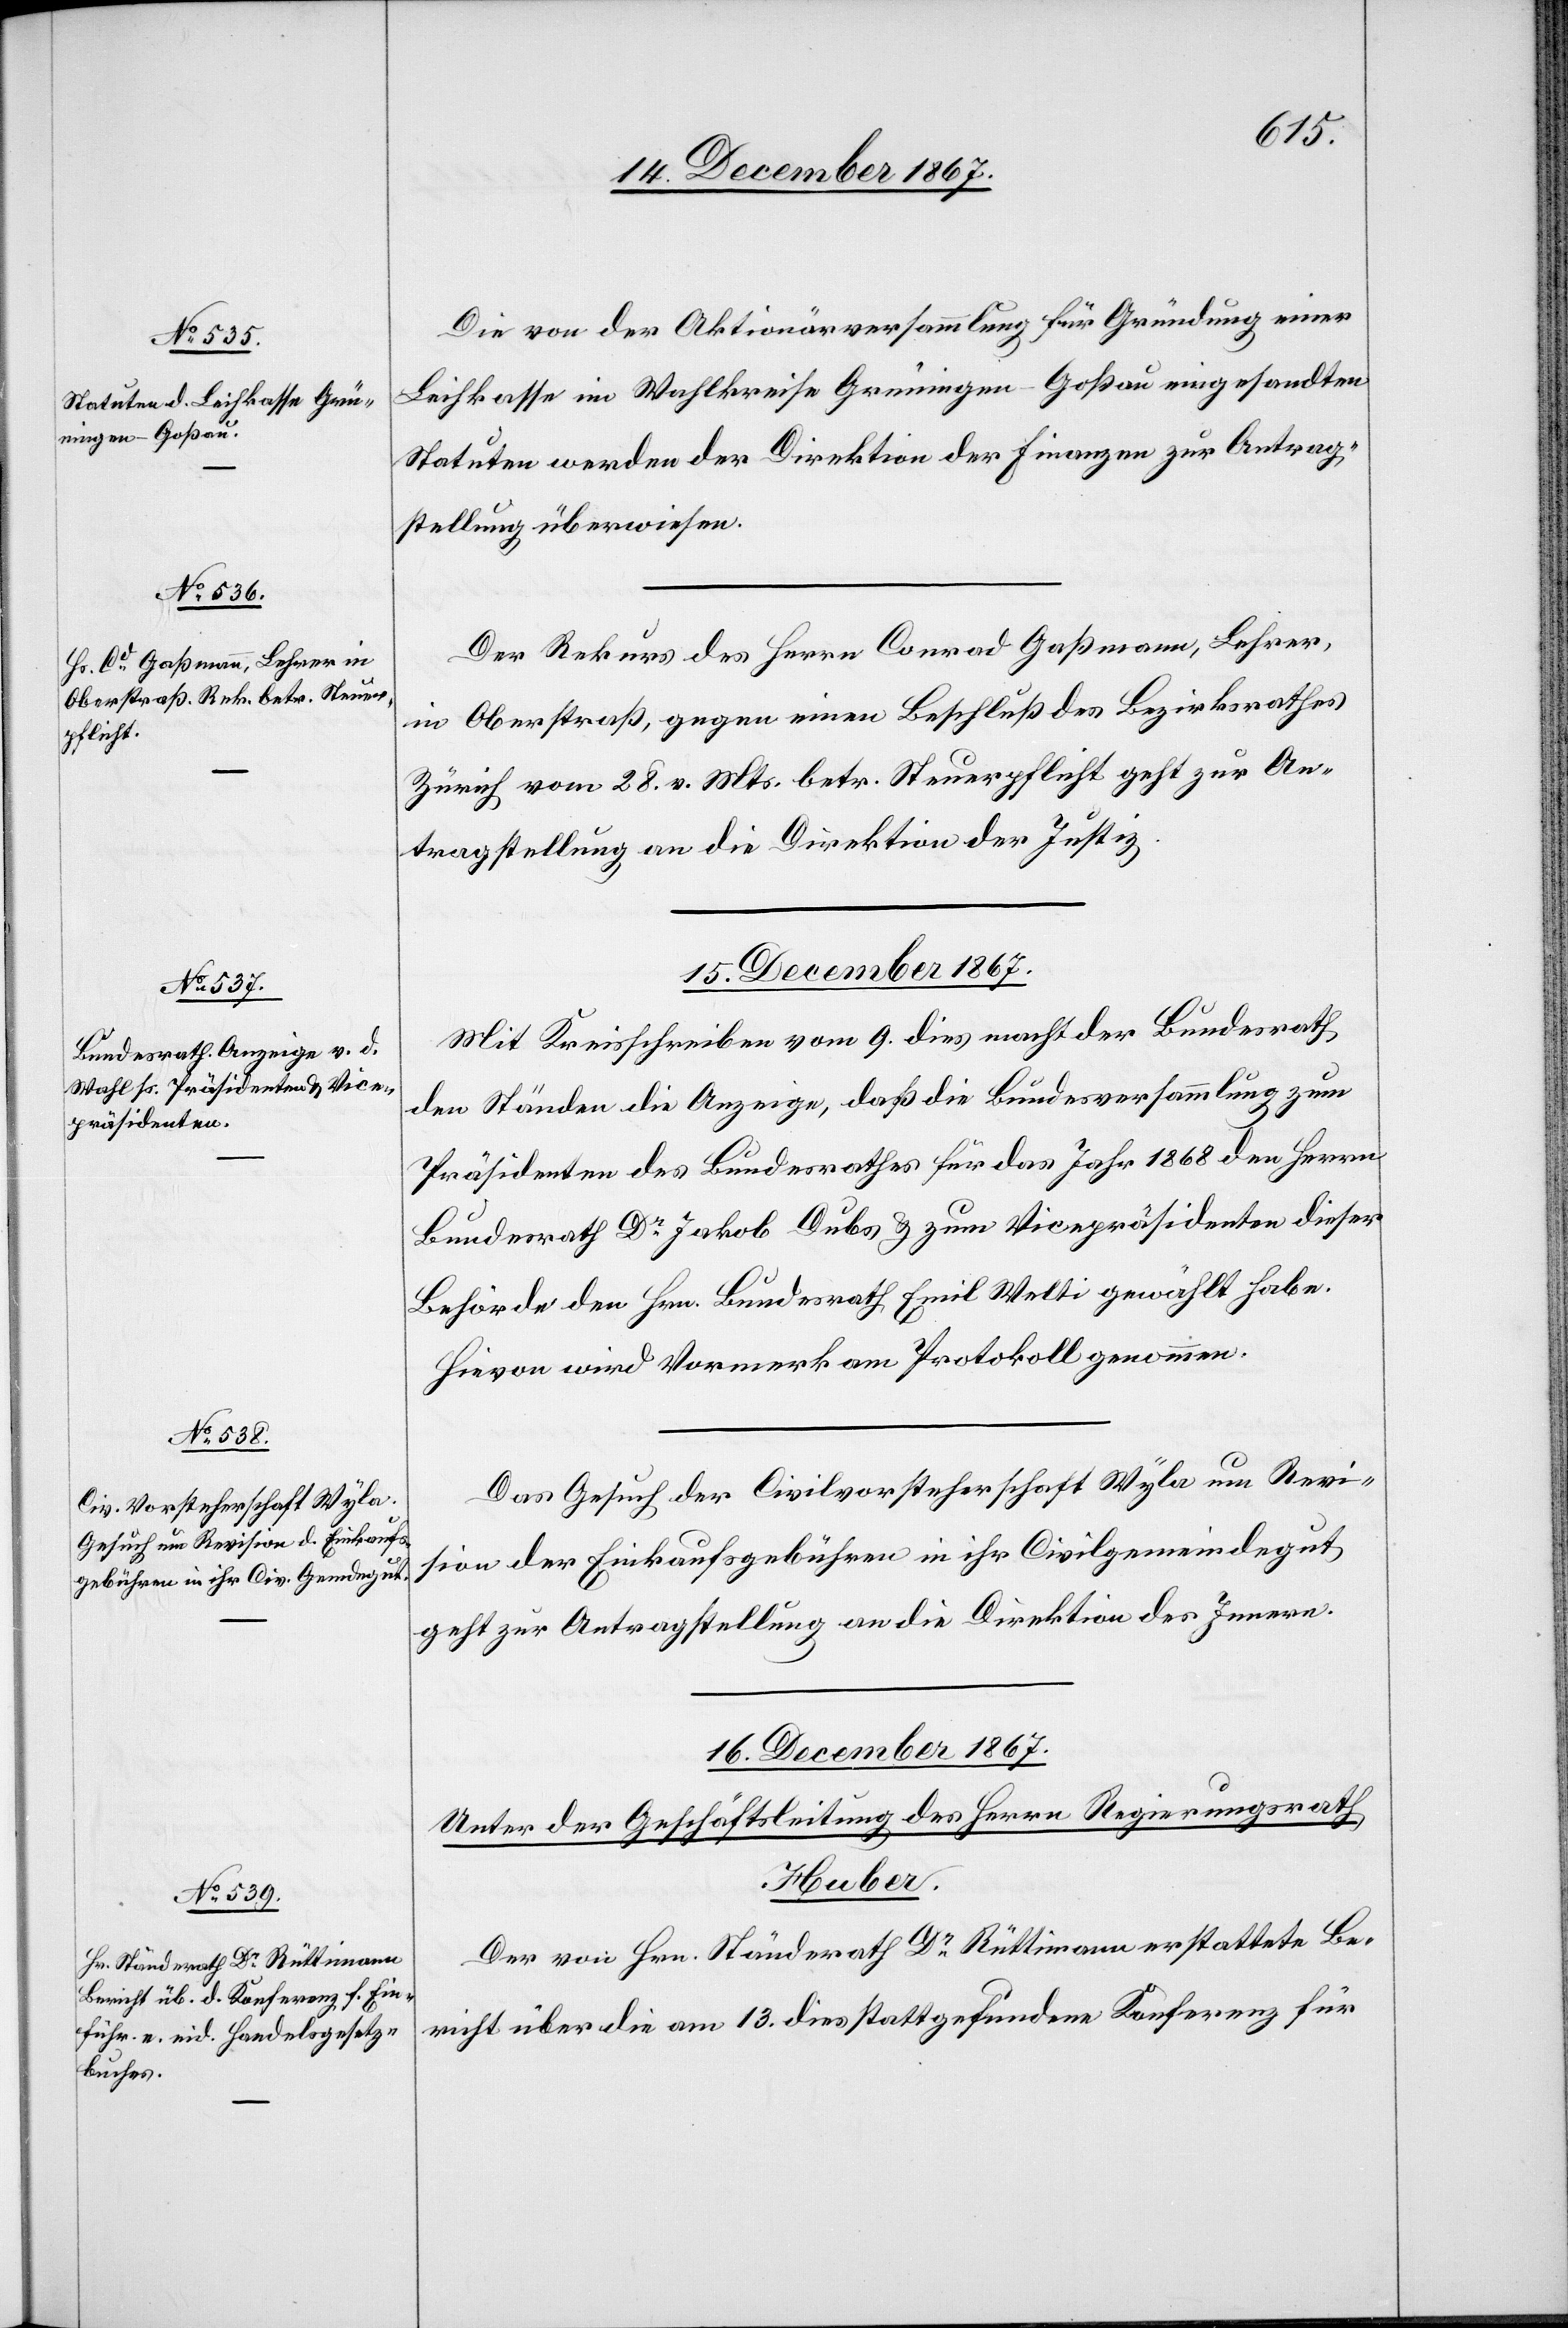
15. December 1867.]
Die von der Aktionärversammlung für Gründung einer
Leihkasse im Wahlkreise Grüningen-Goßau eingesandten
Statuten werden der Direktion der Finanzen zur Antrag¬
stellung überwiesen.
Der Rekurs des Herrn Conrad Gaßmann, Lehrer,
in Oberstraß, gegen einen Beschluß des Bezirksrathes
Zürich vom 28. v. Mts. betr. Steuerpflicht geht zur An¬
tragstellung an die Direktion der Justiz.
15. December 1867.
Mit Kreisschreiben vom 9. dies macht der Bundesrath
den Ständen die Anzeige, daß die Bundesversammlung zum
Präsidenten des Bundesrathes für das Jahr 1868 den Herren
Bundesrath Dr Jakob Dubs u. zum Vicepräsidenten dieser
Behörde den Hrn. Bundesrath Emil Welti gewählt habe.
Hievon wird Vormerk am Protokoll genommen.
Das Gesuch der Civilvorsteherschaft Wyla um Revi¬
sion der Einkaufsgebühren in ihr Civilgemeindegut
geht zur Antragstellung an die Direktion des Innern.
16. December 1867.
Unter der Geschäftsleitung des Herrn Regierungsrath
Huber.
Der von Hrn. Ständerath Dr Rüttimann erstattete Be¬
richt über die am 13. dies stattgefundene Konferenz für